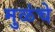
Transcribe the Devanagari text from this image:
मुळंचे